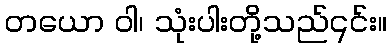
တယော ဝါ၊ သုံးပါးတို့သည်၎င်း။